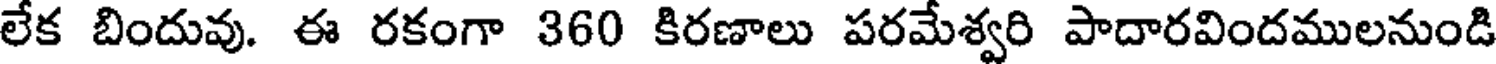
లేక బిందువు. ఈ రకంగా 360 కిరణాలు పరమేశ్వరి పాదారవిందములనుండి